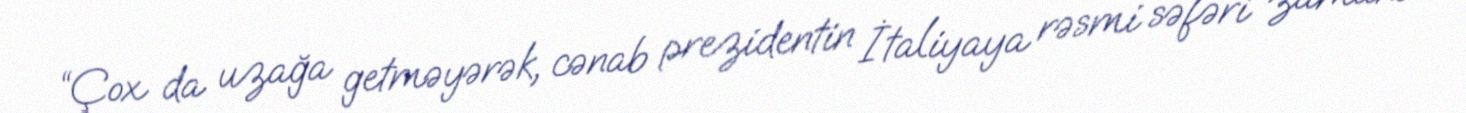
“Çox da uzağa getməyərək, cənab prezidentin İtaliyaya rəsmi səfəri zamanı